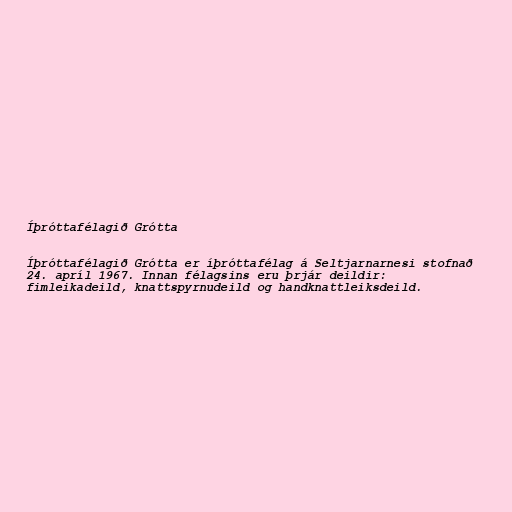
Íþróttafélagið Grótta

Íþróttafélagið Grótta er íþróttafélag á Seltjarnarnesi stofnað
24. apríl 1967. Innan félagsins eru þrjár deildir:
fimleikadeild, knattspyrnudeild og handknattleiksdeild.